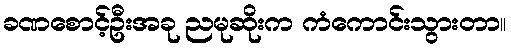
ခဏစောင့်ဦးအခု ညမုဆိုးက ကံကောင်းသွားတာ။